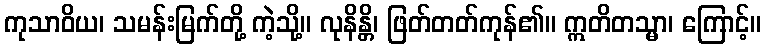
ကုသာဝိယ၊ သမန်းမြက်တို့ ကဲ့သို့။ လုနိန္တိ၊ ဖြတ်တတ်ကုန်၏။ ဣတိတသ္မာ၊ ကြောင့်။